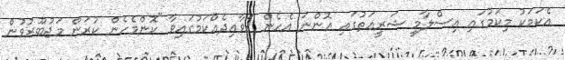
އެކަމަކު މިކަމުގައި އިސްލާމީ ޝަރީޢަތުގައި އޮންނަ އެހެން ޤަވާޢިދެއްކަމުގައިވާ "ކޮންމެހެން ކުރަން މަޖުބޫރުވުން